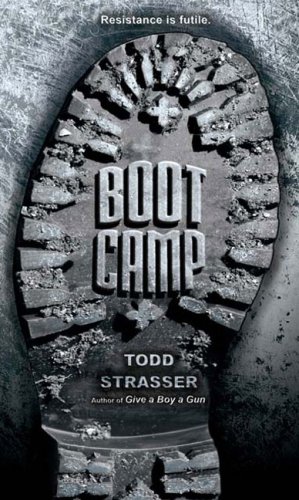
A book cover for Boot Camp; Todd Strasser; Teen & Young Adult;